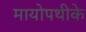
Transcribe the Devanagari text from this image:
मायोपथीके